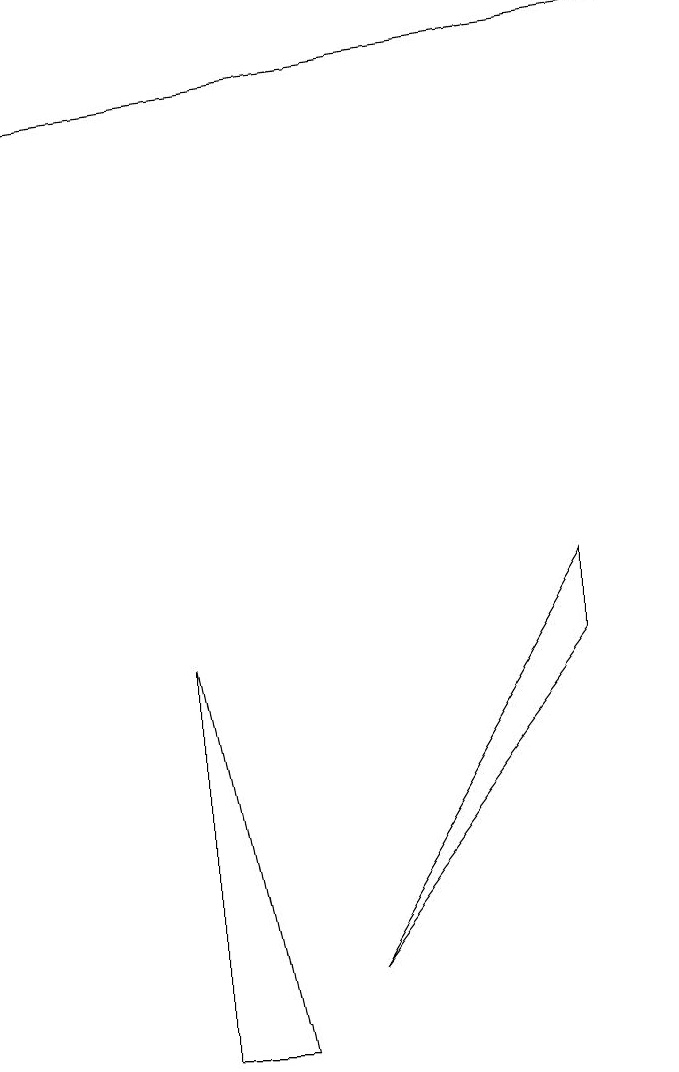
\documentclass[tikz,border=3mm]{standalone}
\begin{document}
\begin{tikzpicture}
\draw (3,3) -- (2,8) -- (2,3) -- cycle;
\draw[->] (8,16) -- (0,15);
\draw (4,4) -- (7,8) -- (7,9) -- cycle;
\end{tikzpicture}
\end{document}